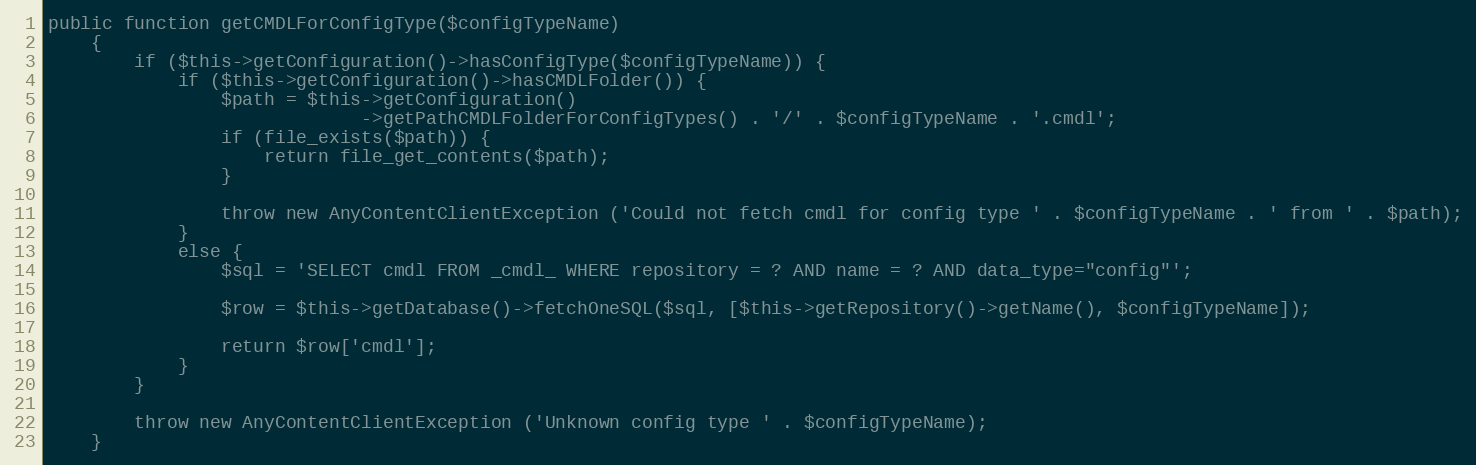
Language: PHP
public function getCMDLForConfigType($configTypeName)
    {
        if ($this->getConfiguration()->hasConfigType($configTypeName)) {
            if ($this->getConfiguration()->hasCMDLFolder()) {
                $path = $this->getConfiguration()
                             ->getPathCMDLFolderForConfigTypes() . '/' . $configTypeName . '.cmdl';
                if (file_exists($path)) {
                    return file_get_contents($path);
                }

                throw new AnyContentClientException ('Could not fetch cmdl for config type ' . $configTypeName . ' from ' . $path);
            }
            else {
                $sql = 'SELECT cmdl FROM _cmdl_ WHERE repository = ? AND name = ? AND data_type="config"';

                $row = $this->getDatabase()->fetchOneSQL($sql, [$this->getRepository()->getName(), $configTypeName]);

                return $row['cmdl'];
            }
        }

        throw new AnyContentClientException ('Unknown config type ' . $configTypeName);
    }